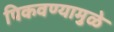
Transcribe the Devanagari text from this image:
पिकवण्यामुळे